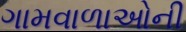
ગામવાળાઓની